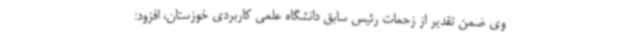
وی ضمن تقدیر از زحمات رئیس سابق دانشگاه علمی کاربردی خوزستان، افزود: